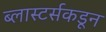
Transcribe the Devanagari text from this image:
ब्लास्टर्सकडून